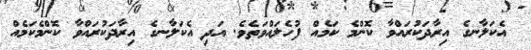
އެކަލާނގެ އިރާދަކުރައްވާ ކޮންމެ ކަމެއް ފުހެލައްވަތެވެ. އަދި އެކަލާނގެ އިރާދަކުރައްވާ ކޮންމެކަމެއް